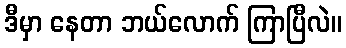
ဒီမှာ နေတာ ဘယ်လောက် ကြာပြီလဲ။